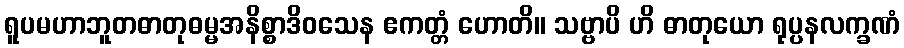
ရူပမဟာဘူတဓာတုဓမ္မအနိစ္စာဒိဝသေန ဧကတ္တံ ဟောတိ။ သဗ္ဗာပိ ဟိ ဓာတုယော ရုပ္ပနလက္ခဏံ